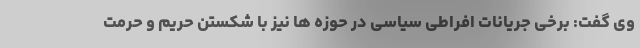
وی گفت: برخی جریانات افراطی سیاسی در حوزه ها نیز با شکستن حریم و حرمت